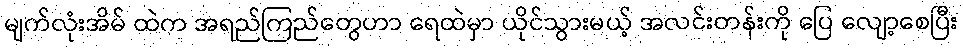
မျက်လုံးအိမ် ထဲက အရည်ကြည်တွေဟာ ရေထဲမှာ ယိုင်သွားမယ့် အလင်းတန်းကို ပြေ လျော့စေပြီး